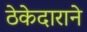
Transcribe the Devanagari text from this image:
ठेकेदाराने